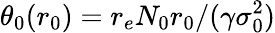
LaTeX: \theta_{0}(r_{0})=r_{e}N_{0}r_{0}/(\gamma\sigma_{0}^{2})